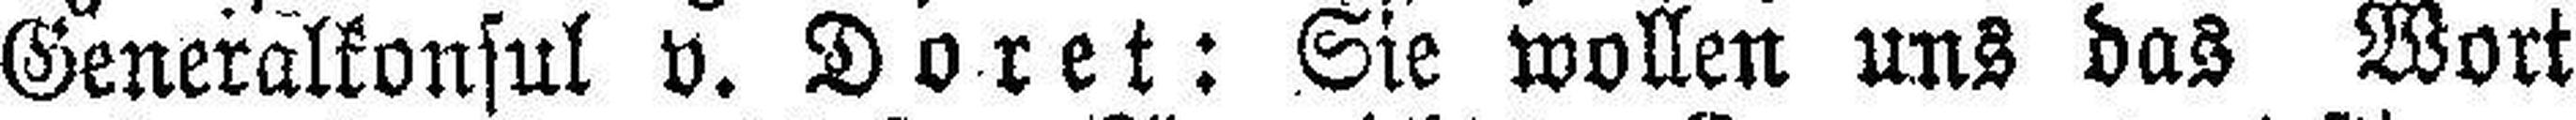
Generalkonsul v. Doret: Sie wollen uns das Wort